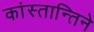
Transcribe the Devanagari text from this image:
कांस्तान्तिने